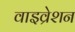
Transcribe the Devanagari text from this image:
वाइव्रेशन